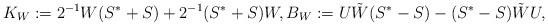
LaTeX: \begin{align*}K_{W} := 2^{-1}W(S^*+S) + 2^{-1}(S^*+S)W, B_W:= U\tilde{W}(S^*-S)-(S^*-S)\tilde{W}U, \end{align*}